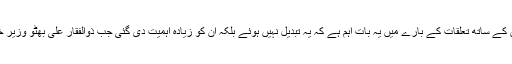
مارکر: چین کے ساتھ تعلقات کے بارے میں یہ بات اہم ہے کہ یہ تبدیل نہیں ہوئے بلکہ ان کو زیادہ اہمیت دی گئی جب ذوالفقار علی بھٹو وزیر خارجہ بنے۔